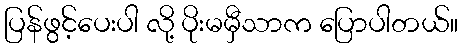
ပြန်ဖွင့်ပေးပါ လို့ ပိုးမမှီသာက ပြောပါတယ်။